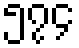
၅၇၄